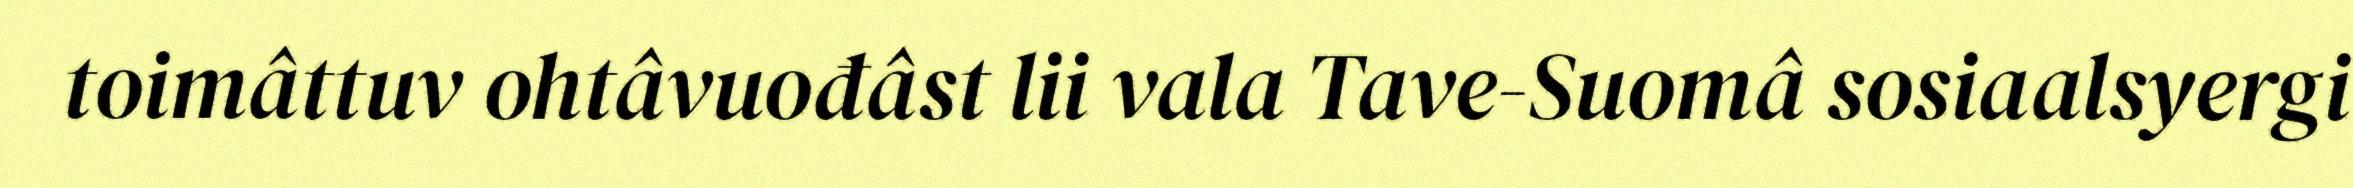
toimâttuv ohtâvuođâst lii vala Tave-Suomâ sosiaalsyergi